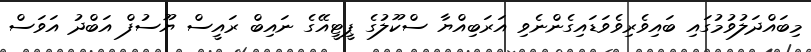
މިބައްދަލުވުމުގައި ބައިވެރިވެވަޑައިގެންނެވި އަރަބިއްޔާ ސްކޫލުގެ ޕީޓީއޭގެ ނައިބް ރައީސް ޔޫސުފް އަބްދު އަވަސް